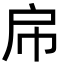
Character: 帍